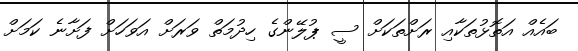
ބައެއް އަތޮޅުތަކާއި ރަށްތަކަށް ސީ ޕުލޭންގެ ހިދުމަތް ވަރަށް އަވަހަށް ފަށާނެ ކަމަށް